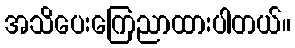
အသိပေးကြေညာထားပါတယ်။